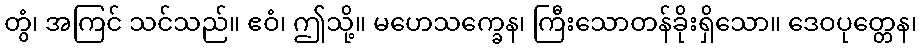
တွံ၊ အကြင် သင်သည်။ ဧဝံ၊ ဤသို့။ မဟေသက္ခေန၊ ကြီးသောတန်ခိုးရှိသော။ ဒေဝပုတ္တေန၊